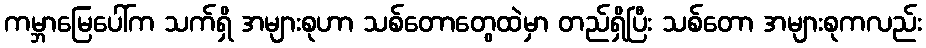
ကမ္ဘာမြေပေါ်က သက်ရှိ အများစုဟာ သစ်တောတွေထဲမှာ တည်ရှိပြီး သစ်တော အများစုကလည်း